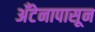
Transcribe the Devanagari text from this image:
अँटेनापासून